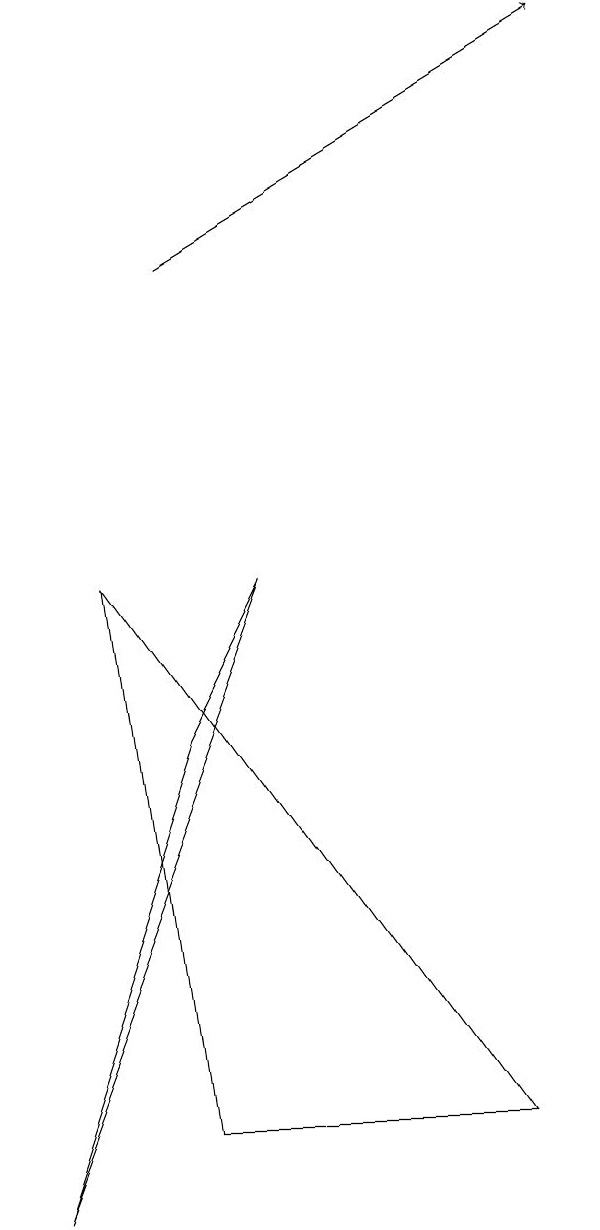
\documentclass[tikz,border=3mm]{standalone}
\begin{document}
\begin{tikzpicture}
\draw[->] (3,12) -- (8,15);
\draw (4,8) -- (1,0) -- (3,6) -- cycle;
\draw (2,8) -- (3,1) -- (7,1) -- cycle;
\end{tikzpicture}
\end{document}